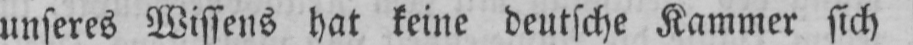
unseres Wissens hat keine deutsche Kammer sich